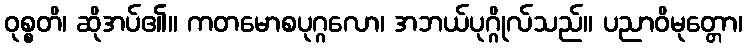
ဝုစ္စတိ၊ ဆိုအပ်၏။ ကတမောစပုဂ္ဂလော၊ အဘယ်ပုဂ္ဂိုလ်သည်။ ပညာဝိမုတ္တော၊